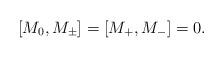
LaTeX: \begin{align*}[M_0,M_\pm]=[M_+,M_-]=0 .\end{align*}